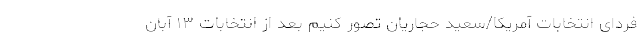
فردای انتخابات آمریکا/سعید حجاریان تصور کنیم بعد از انتخابات ۱۳ آبان